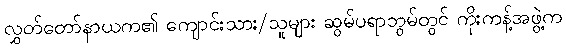
လွှတ်တော်နာယက၏ ကျောင်းသား/သူများ ဆွမ်ပရာဘွမ်တွင် ကိုးကန့်အဖွဲ့က